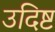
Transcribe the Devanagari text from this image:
उदिष्ट